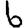
Digit: 6